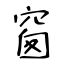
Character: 窗